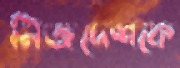
নিজদেশকে